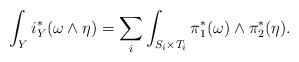
LaTeX: \begin{align*}\int_{Y}i_Y^*(\omega\wedge\eta)=\sum_{i}\int_{S_i\times T_i}\pi_1^*(\omega)\wedge\pi_2^*(\eta).\end{align*}